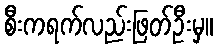
စီးကရက်လည်းဖြတ်ဦးမှ။